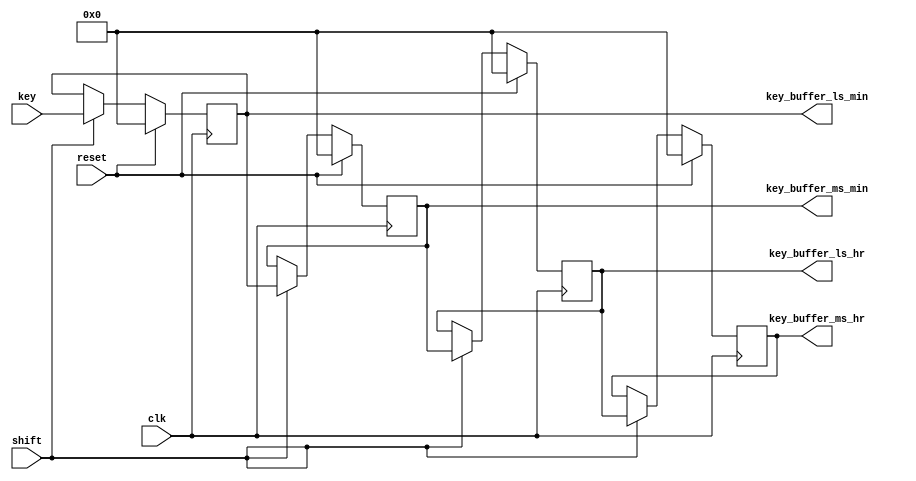
module keyreg
(
input clk,
input reset,
input [3:0]key,
input shift,
output reg [3:0]key_buffer_ms_hr,key_buffer_ls_hr,key_buffer_ms_min,key_buffer_ls_min);

always@(posedge clk)
begin
if(reset)
	begin
		key_buffer_ms_hr   <= 4'b0;
		key_buffer_ls_hr   <= 4'b0;
		key_buffer_ms_min  <= 4'b0;
		key_buffer_ls_min  <= 4'b0;
	end
else if(shift )
	begin
		key_buffer_ls_min  <= key;
		key_buffer_ms_min  <= key_buffer_ls_min;
		key_buffer_ls_hr   <= key_buffer_ms_min;
		key_buffer_ms_hr   <= key_buffer_ls_hr;
	end
end
endmodule